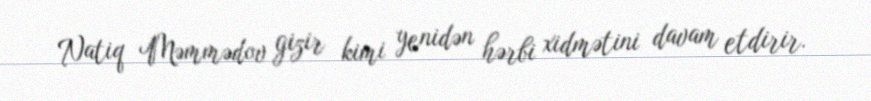
Natiq Məmmədov gizir kimi yenidən hərbi xidmətini davam etdirir.